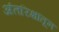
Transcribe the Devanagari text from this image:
अंतरिक्षांतून